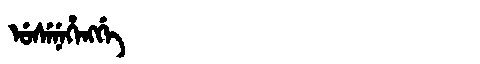
Manchu: ᡠᠰᡝᠨᡝᡥᡝᠩᡤᡝ
Romanization: USENEHENGGE